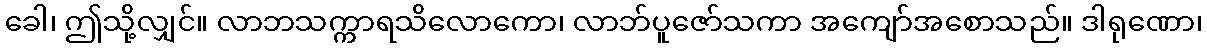
ခေါ၊ ဤသို့လျှင်။ လာဘသက္ကာရသိလောကော၊ လာဘ်ပူဇော်သကာ အကျော်အစောသည်။ ဒါရုဏော၊